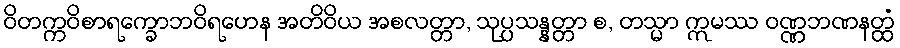
ဝိတက္ကဝိစာရက္ခောဘဝိရဟေန အတိဝိယ အစလတ္တာ, သုပ္ပသန္နတ္တာ စ, တသ္မာ ဣမဿ ဝဏ္ဏဘဏနတ္ထံ